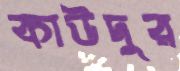
কাউদুর